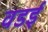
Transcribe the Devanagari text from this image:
वडई